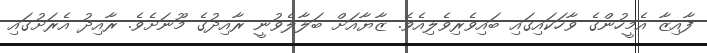
ފާއިޒާ އެމީހުންގެ ވާހަކައިގައި ބައިވެރިވެލިއެވެ. ޒާޔާއަށް ބަލާލެވުނީ ރާއިދުގެ މޫނަށެވެ. ރާއިދު އެރަށުގައި